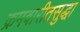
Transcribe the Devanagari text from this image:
क्रमवारीतसुद्धा